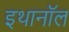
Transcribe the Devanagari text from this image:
इथानॉल